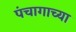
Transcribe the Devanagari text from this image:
पंचागाच्या